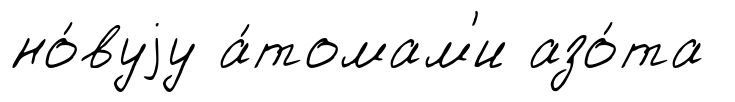
но́вуjу а́томам'и азо́та